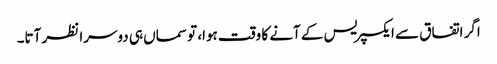
اگر اتفاق سے ایکسپریس کے آنے کا وقت ہوا، تو سماں ہی دوسرا نظر آتا۔